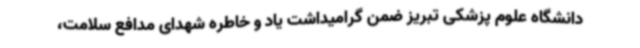
دانشگاه علوم پزشکی تبریز ضمن گرامیداشت یاد و خاطره شهدای مدافع سلامت،